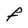
Character: f